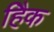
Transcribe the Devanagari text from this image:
हैिक